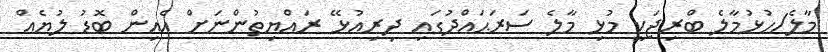
މާލެ/ހުޅުމާލެ ބްރިޖަކީ މުޅި މާލެ ސަރަޙައްދުގައި ދިރިއުޅޭ ރައްޔިތުންނަށް އެއިން ބޮޑު ލުޔެއް